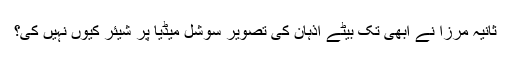
ثانیہ مرزا نے ابھی تک بیٹے اذہان کی تصویر سوشل میڈیا پر شیئر کیوں نہیں کی؟